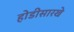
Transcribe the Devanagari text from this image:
होडीसारखे